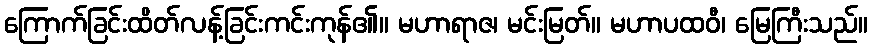
ကြောက်ခြင်းထိတ်လန့်ခြင်းကင်းကုန်၏။ မဟာရာဇ၊ မင်းမြတ်။ မဟာပထဝီ၊ မြေကြီးသည်။